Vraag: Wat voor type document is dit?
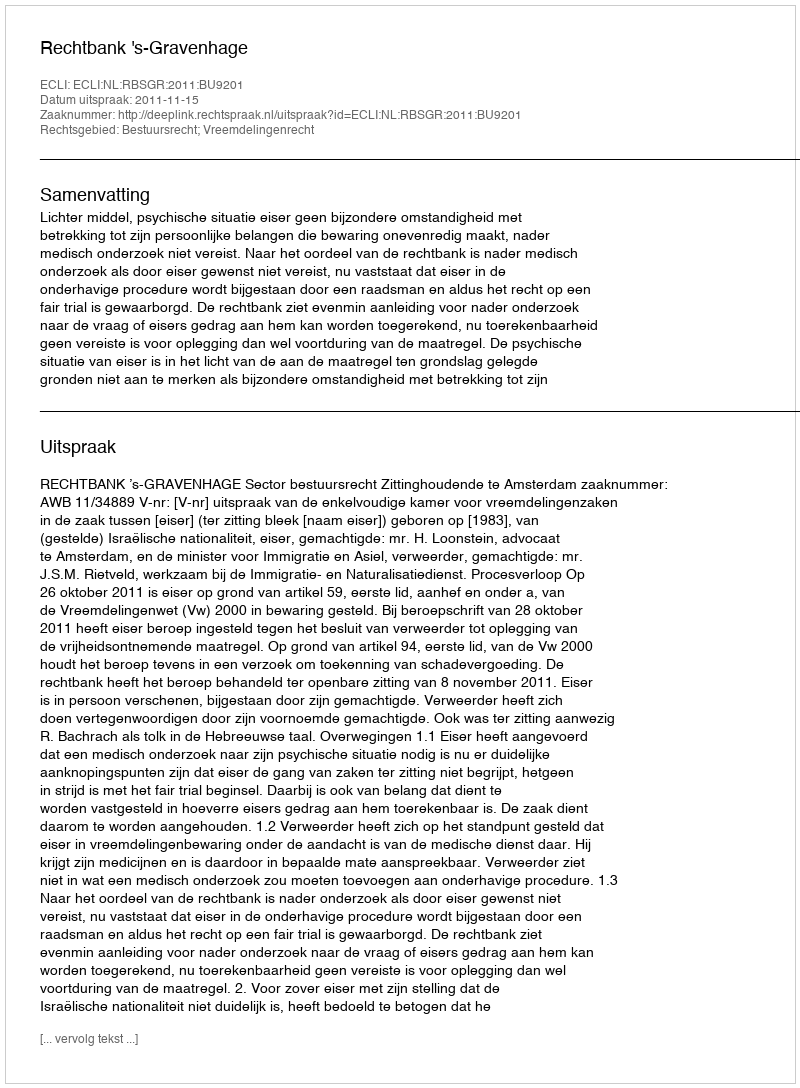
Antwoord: Uitspraak